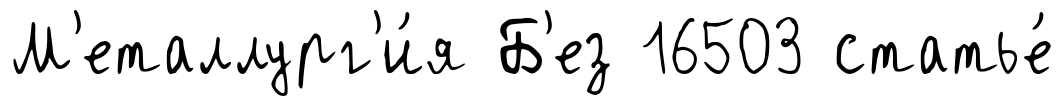
М'еталлург'и́я Б'ез 16503 статье́